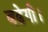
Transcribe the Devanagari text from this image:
बढेगी।